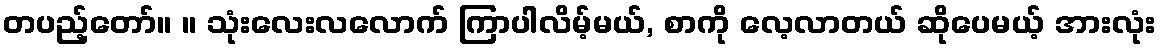
တပည့်တော်။ ။ သုံးလေးလလောက် ကြာပါလိမ့်မယ်, စာကို လေ့လာတယ် ဆိုပေမယ့် အားလုံး